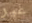
غير